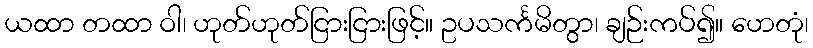
ယထာ တထာ ဝါ၊ ဟုတ်ဟုတ်ငြားငြားဖြင့်။ ဥပသင်္ကမိတွာ၊ ချဉ်းကပ်၍။ ဟေတုံ၊